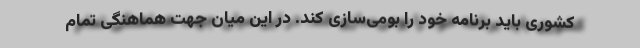
کشوری باید برنامه خود را بومی‌سازی کند. در این میان جهت هماهنگی تمام